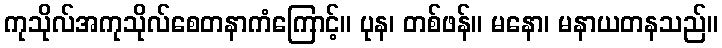
ကုသိုလ်အကုသိုလ်စေတနာကံကြောင့်။ ပုန၊ တစ်ဖန်။ မနော၊ မနာယတနသည်။